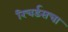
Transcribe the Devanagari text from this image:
रिचर्डसचा